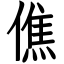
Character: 僬